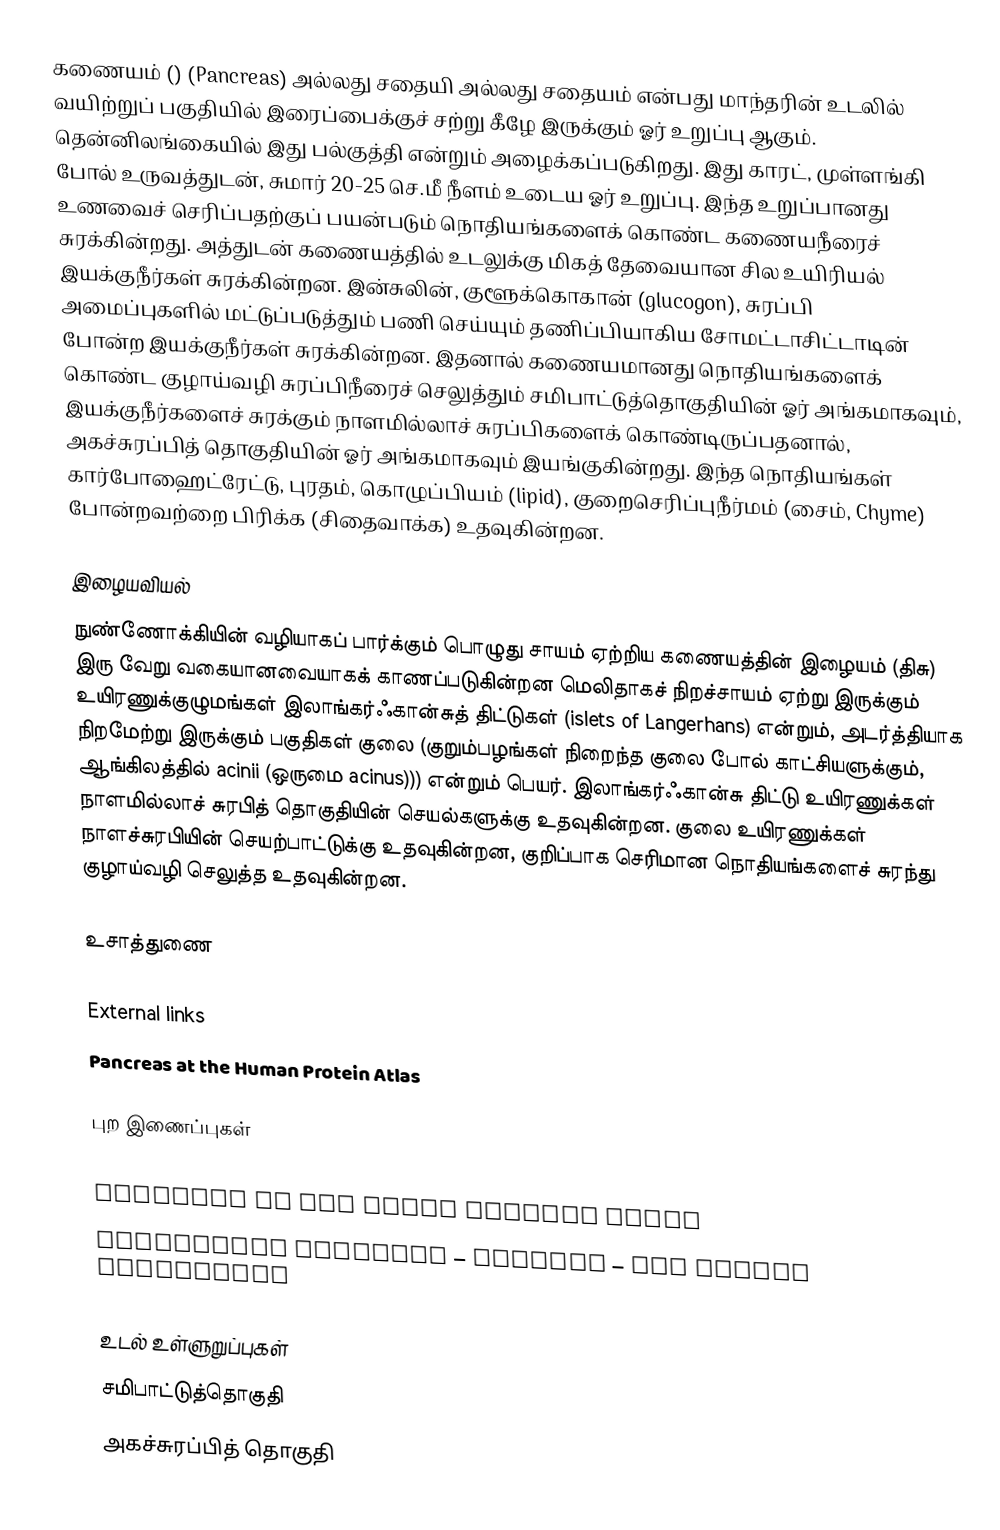
கணையம் () (Pancreas) அல்லது சதையி அல்லது சதையம் என்பது மாந்தரின் உடலில் வயிற்றுப் பகுதியில் இரைப்பைக்குச் சற்று கீழே இருக்கும் ஓர் உறுப்பு ஆகும். தென்னிலங்கையில் இது பல்குத்தி என்றும் அழைக்கப்படுகிறது. இது காரட், முள்ளங்கி போல் உருவத்துடன், சுமார் 20-25 செ.மீ நீளம் உடைய ஓர் உறுப்பு. இந்த உறுப்பானது உணவைச் செரிப்பதற்குப் பயன்படும் நொதியங்களைக் கொண்ட கணையநீரைச் சுரக்கின்றது. அத்துடன் கணையத்தில் உடலுக்கு மிகத் தேவையான சில உயிரியல் இயக்குநீர்கள் சுரக்கின்றன. இன்சுலின், குளூக்கொகான் (glucogon), சுரப்பி அமைப்புகளில் மட்டுப்படுத்தும் பணி செய்யும் தணிப்பியாகிய சோமட்டாசிட்டாடின் போன்ற இயக்குநீர்கள் சுரக்கின்றன. இதனால் கணையமானது நொதியங்களைக் கொண்ட குழாய்வழி சுரப்பிநீரைச் செலுத்தும் சமிபாட்டுத்தொகுதியின் ஓர் அங்கமாகவும், இயக்குநீர்களைச் சுரக்கும் நாளமில்லாச் சுரப்பிகளைக் கொண்டிருப்பதனால், அகச்சுரப்பித் தொகுதியின் ஓர் அங்கமாகவும் இயங்குகின்றது. இந்த நொதியங்கள் கார்போஹைட்ரேட்டு, புரதம், கொழுப்பியம் (lipid), குறைசெரிப்புநீர்மம் (சைம், Chyme) போன்றவற்றை பிரிக்க (சிதைவாக்க) உதவுகின்றன.

இழையவியல்
நுண்ணோக்கியின் வழியாகப் பார்க்கும் பொழுது  சாயம் ஏற்றிய கணையத்தின்  இழையம் (திசு) இரு வேறு வகையானவையாகக் காணப்படுகின்றன  மெலிதாகச் நிறச்சாயம் ஏற்று இருக்கும் உயிரணுக்குழுமங்கள் இலாங்கர்ஃகான்சுத் திட்டுகள் (islets of Langerhans) என்றும், அடர்த்தியாக நிறமேற்று இருக்கும் பகுதிகள் குலை (குறும்பழங்கள் நிறைந்த குலை போல் காட்சியளுக்கும், ஆங்கிலத்தில் acinii (ஒருமை acinus))) என்றும் பெயர். இலாங்கர்ஃகான்சு திட்டு உயிரணுக்கள் நாளமில்லாச் சுரபித் தொகுதியின் செயல்களுக்கு உதவுகின்றன. குலை உயிரணுக்கள் நாளச்சுரபியின் செயற்பாட்டுக்கு உதவுகின்றன, குறிப்பாக செரிமான நொதியங்களைச் சுரந்து குழாய்வழி செலுத்த உதவுகின்றன.

உசாத்துணை

External links
 Pancreas at the Human Protein Atlas

புற இணைப்புகள்

 Pancreas at the Human Protein Atlas
 Pancreatic Diseases – English – The Gastro Specialist

உடல் உள்ளுறுப்புகள்
சமிபாட்டுத்தொகுதி
அகச்சுரப்பித் தொகுதி